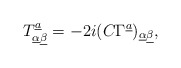
\begin{align*}T^{\underline a}_{\underline\alpha\underline\beta}=-2i(C\Gamma^{\underline a})_{\underline\alpha\underline\beta},\end{align*}